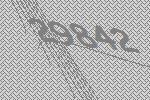
29842